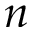
n